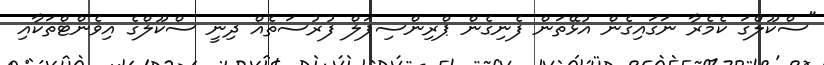
"ސްކޫލްގަ ކެމެރާ ނަގައިގެން އުޅޭތަން ފެނިގެން ޕްރިންސިޕަލް ފުރުސަތެއް ދިނީ ސްކޫލްގެ އިވެންޓްތަކާއި